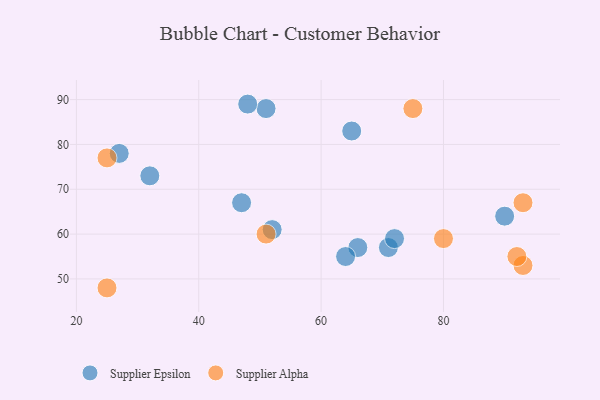
{"axis": {"x": "GDP", "y": "Life Expectancy"}, "legend": ["Supplier Alpha", "Supplier Epsilon"], "data": [{"x": "27", "y": 78, "type": "Supplier Epsilon"}, {"x": "71", "y": 57, "type": "Supplier Epsilon"}, {"x": "65", "y": 83, "type": "Supplier Epsilon"}, {"x": "32", "y": 73, "type": "Supplier Epsilon"}, {"x": "72", "y": 59, "type": "Supplier Epsilon"}, {"x": "47", "y": 67, "type": "Supplier Epsilon"}, {"x": "51", "y": 88, "type": "Supplier Epsilon"}, {"x": "66", "y": 57, "type": "Supplier Epsilon"}, {"x": "90", "y": 64, "type": "Supplier Epsilon"}, {"x": "64", "y": 55, "type": "Supplier Epsilon"}, {"x": "48", "y": 89, "type": "Supplier Epsilon"}, {"x": "52", "y": 61, "type": "Supplier Epsilon"}, {"x": "93", "y": 53, "type": "Supplier Alpha"}, {"x": "92", "y": 55, "type": "Supplier Alpha"}, {"x": "25", "y": 48, "type": "Supplier Alpha"}, {"x": "25", "y": 77, "type": "Supplier Alpha"}, {"x": "93", "y": 67, "type": "Supplier Alpha"}, {"x": "80", "y": 59, "type": "Supplier Alpha"}, {"x": "75", "y": 88, "type": "Supplier Alpha"}, {"x": "51", "y": 60, "type": "Supplier Alpha"}]}